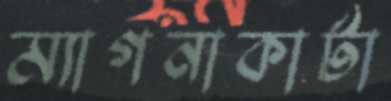
ম্যাগনাকার্টা